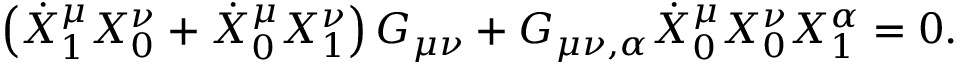
\left( \dot { X } _ { 1 } ^ { \mu } X _ { 0 } ^ { \nu } + \dot { X } _ { 0 } ^ { \mu } X _ { 1 } ^ { \nu } \right) G _ { \mu \nu } + G _ { \mu \nu , \alpha } \dot { X } _ { 0 } ^ { \mu } X _ { 0 } ^ { \nu } X _ { 1 } ^ { \alpha } = 0 .